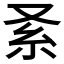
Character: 𠬹